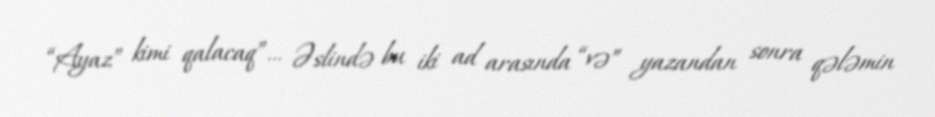
“Ayaz” kimi qalacaq”... Əslində bu iki ad arasında “və” yazandan sonra qələmin